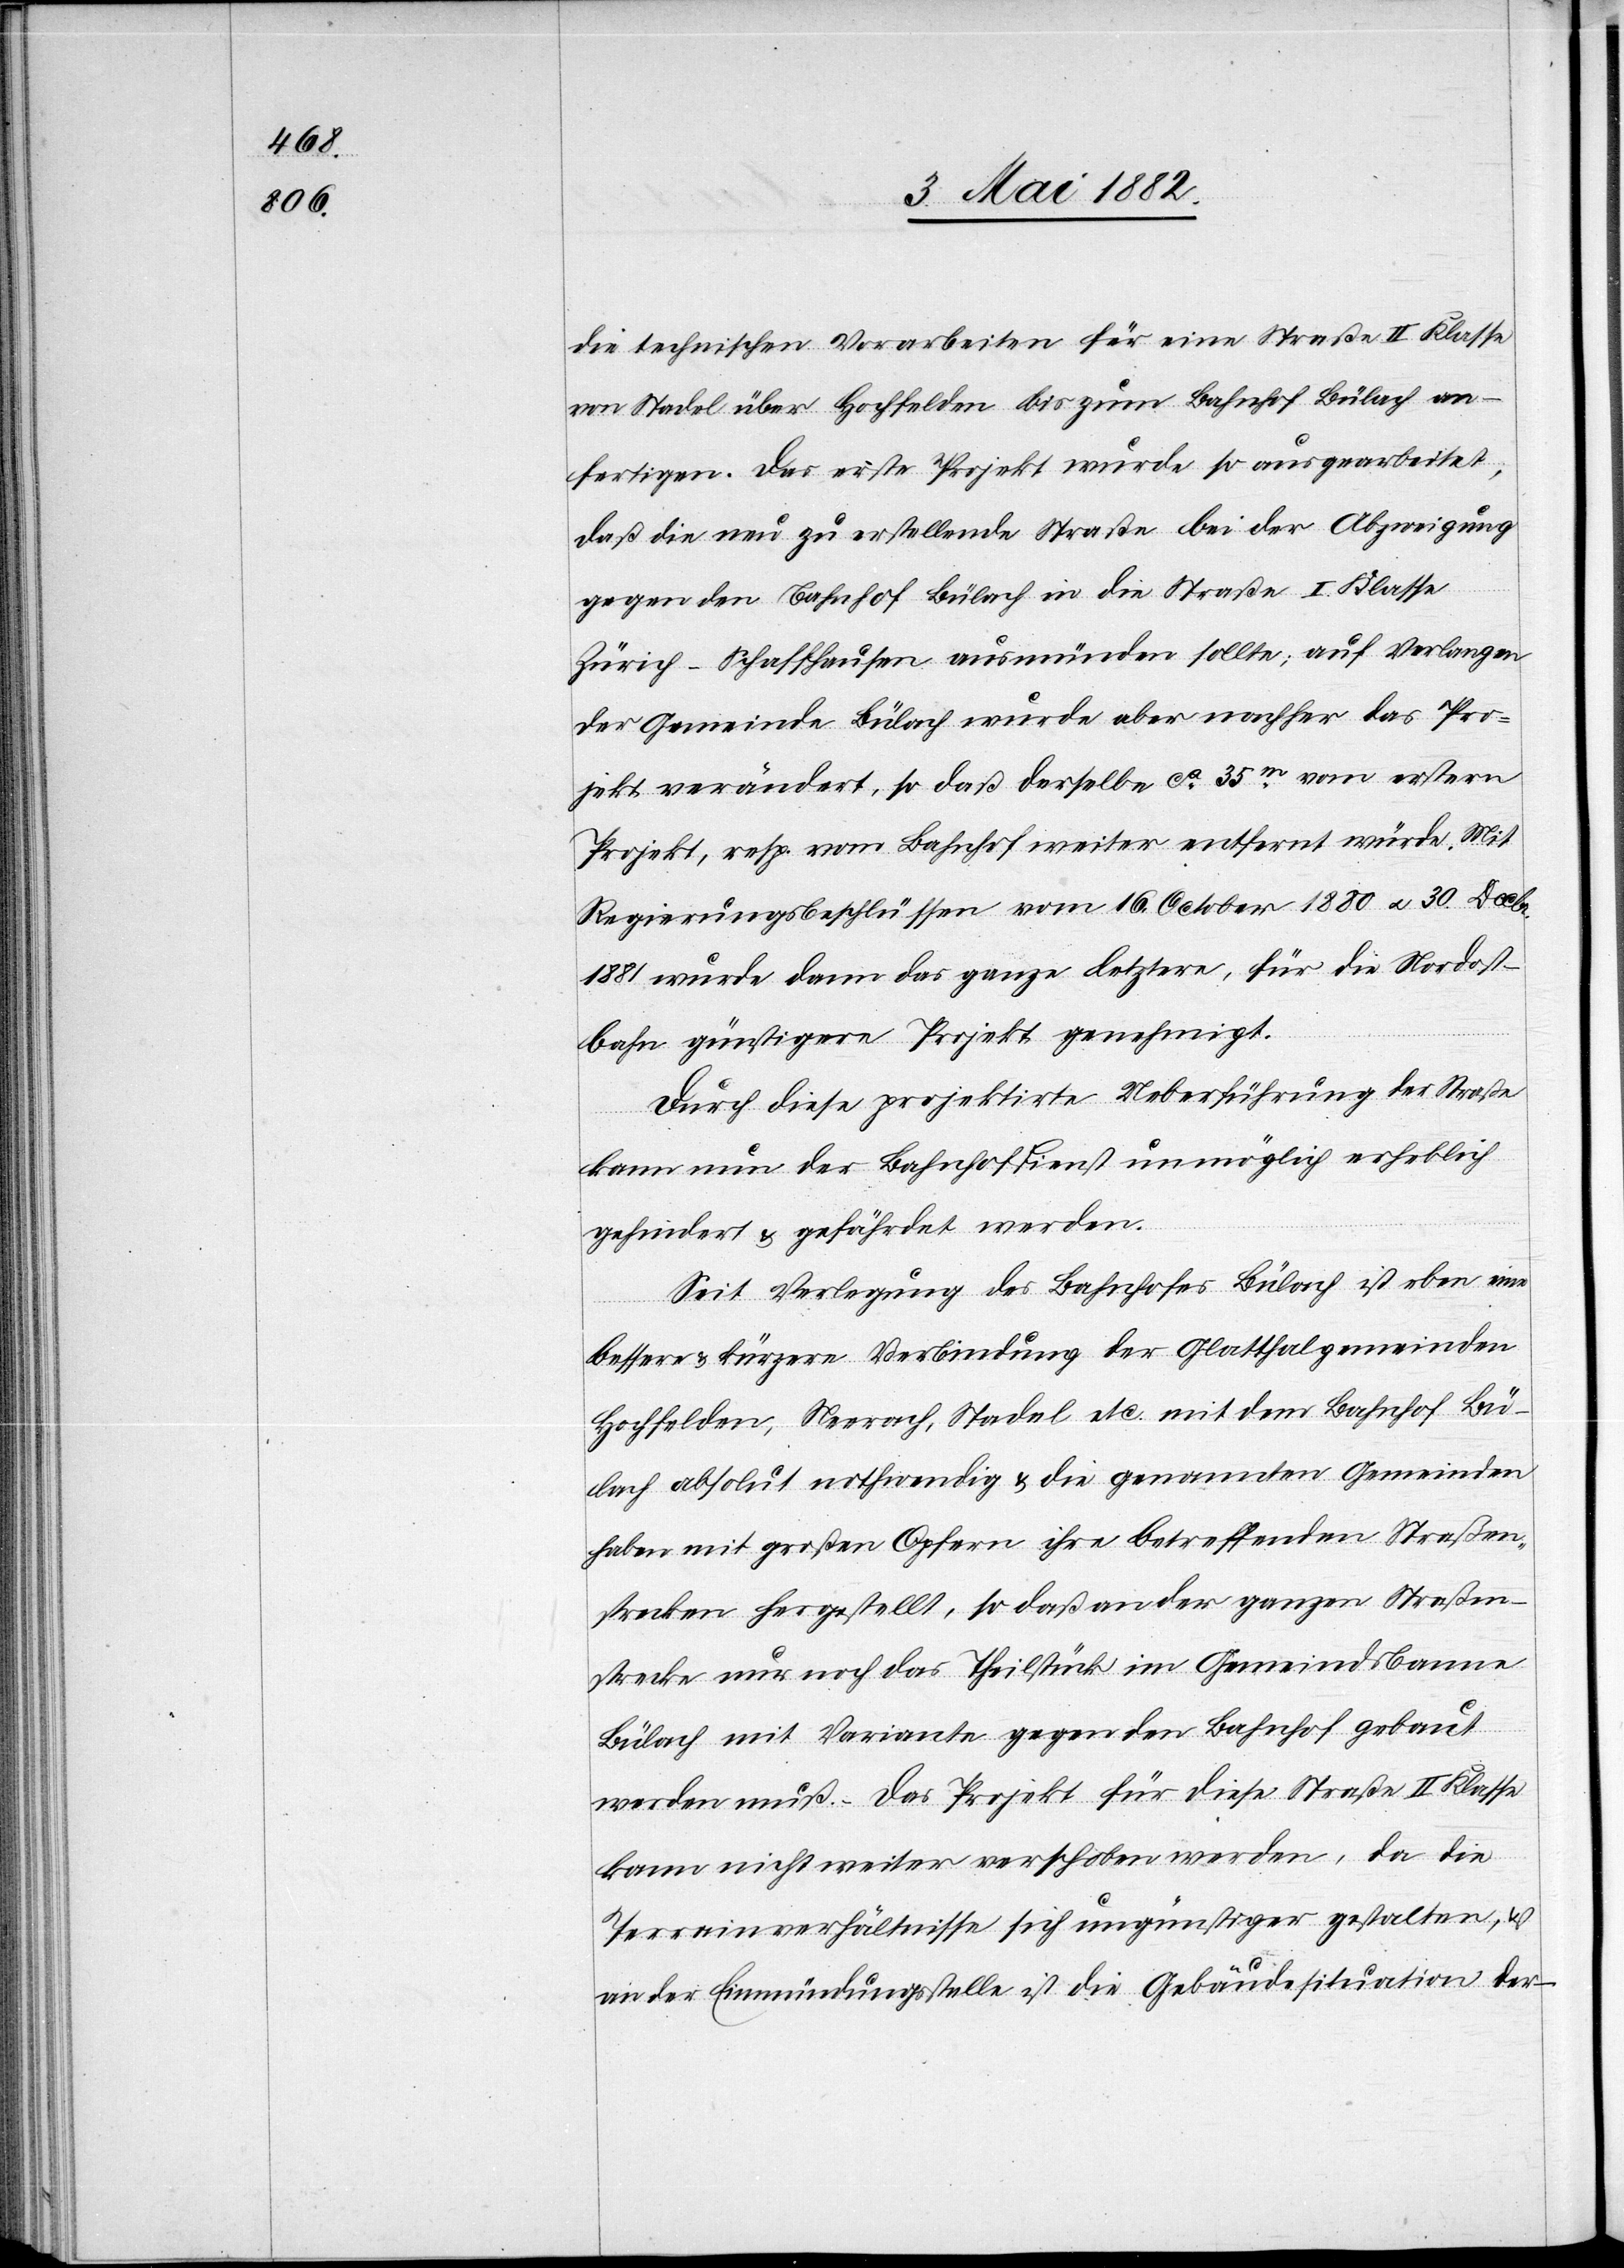
die technischen Vorarbeiten für eine Straße II. Klasse
von Stadel über Hochfelden bis zum Bahnhof an¬
fertigen. Das erste Projekt wurde so ausgearbeitet,
daß die neu zu erstellende Straße bei der Abzweigung
gegen den Bahnhof Bülach in die Straße I. Klasse
Zürich–Schaffhausen ausmünden sollte; auf Verlangen
der Gemeinde Bülach wurde aber nachher das Pro¬
jekt verändert, so daß derselbe [sic!] ca 35m vom erstern
Projekt, resp. vom Bahnhof weiter entfernt würde. Mit
Regierungsbeschlüssen vom 16. October 1880 u. 30. Decbr.
1881 wurde dann das ganze letztere, für die Nordost¬
bahn günstigere Projekt genehmigt.
Durch diese projektirte Ueberfühung der Straße
kann nun der Bahnhofdienst unmöglich erheblich
gehindert & gefährdet werden.
Seit Verlegung des Bahnhofes Bülach ist eben eine
bessere & kürzere Verbindung der Glattthalgemeinden
Hochfelden, Neerach, Stadel etc. mit dem Bahnhof Bü¬
lach absolut nothwendig & die genannten Gemeinden
haben mit großen Opfern ihre betreffenden Straßen¬
strecken hergestellt, so daß an der ganzen Straßen¬
strecke nur noch das Theilstück im Gemeindsbanne
Bülach mit Variante gegen den Bahnhof gebaut
werden muß. Das Projekt für diese Straße II. Klasse
kann nicht weiter verschoben werden, da die
Terrainverhältnisse sich ungünstiger gestalten, &
an der Einmündungsstelle ist die Gebäudesituation der-